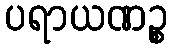
ပရာယဏဉ္စ